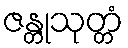
ဇန္တုသုတ္တံ